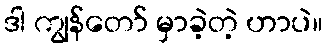
ဒါ ကျွန်တော် မှာခဲ့တဲ့ ဟာပဲ။